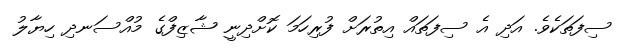
ސިފަތަކެވެ. އަދި އެ ސިފަތައް އިތުރަށް ފުރިހަމަ ކޮށްދިނީ ޝާޒިފްގެ މުއްސަނދި ހިޔާލު